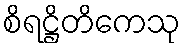
စိရဋ္ဌိတိကေသု